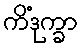
ကိံဒုက္ခာ